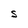
Character: S